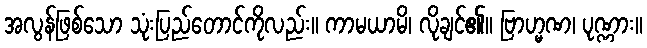
အလွန်ဖြစ်သော သုံးပြည်တောင်ကိုလည်း။ ကာမယာမိ၊ လိုချင်၏။ ဗြာဟ္မဏ၊ ပုဏ္ဏား။